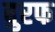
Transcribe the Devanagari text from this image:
बुरफ